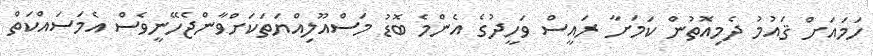
ހަމައަށް ޤައުމު ދެމިއޮތުން ކަމަށާ ރައީސް ވަހީދުގެ އެންމެ ބޮޑު މަސްއޫލިއްޔަތަކަށްވާންޖެހޭނީވެސް އެމަސައްކަތް